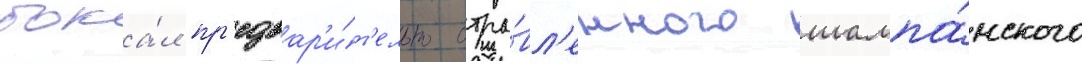
бока́л пр'едвар'и́т'ельно отра́вл'енного шампа́нского